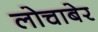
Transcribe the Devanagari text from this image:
लोचाबेर